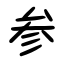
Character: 参